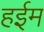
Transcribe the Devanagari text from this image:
हईम